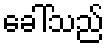
ခေါ်သည်